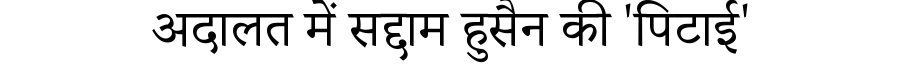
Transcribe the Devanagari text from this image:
अदालत में सद्दाम हुसैन की 'पिटाई'